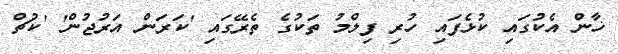
ޚާން އެކުގައި ކުޅެފައި ހުރި ފިލްމު ތަކުގެ ތެރޭގައި 'ކަރަން އަރުޖުން' 'ކުޗް